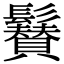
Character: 𩯳